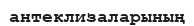
антеклизаларының